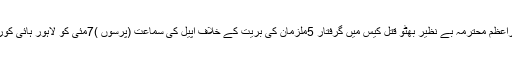
05 مئی2018ء) سابق وزیراعظم محترمہ بے نظیر بھٹو قتل کیس میں گرفتار 5ملزمان کی بریت کے خلاف اپیل کی سماعت (پرسوں )7مئی کو لاہور ہائی کورٹ راولپنڈی بنچ میں ہو گی ۔